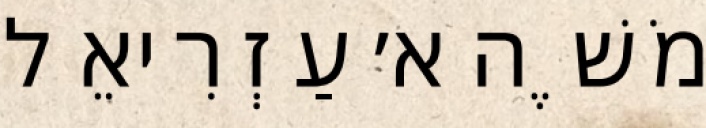
מֹשֶׁה א׳ עַזְרִיאֵל